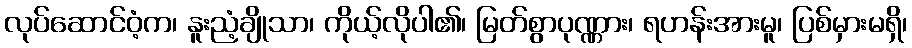
လုပ်ဆောင်ဝံ့က၊ နူးညံ့ချိုသာ၊ ကိုယ့်လိုပါ၏၊ မြတ်စွာပုဏ္ဏား၊ ရဟန်းအားမူ၊ ပြစ်မှားမရှိ၊